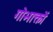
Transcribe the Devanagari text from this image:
गोभाक्तों